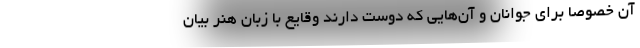
آن خصوصاً برای جوانان و آن‌هایی که دوست دارند وقایع با زبان هنر بیان